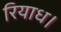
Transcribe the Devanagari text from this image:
रियाध।